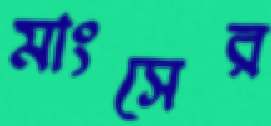
মাংসের